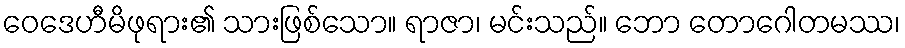
ဝေဒေဟီမိဖုရား၏ သားဖြစ်သော။ ရာဇာ၊ မင်းသည်။ ဘော တောဂေါတမဿ၊